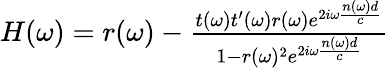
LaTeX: \begin{array}{r}{\begin{array}{r}{H(\omega)=r(\omega)-\frac{t(\omega)t^{\prime}(\omega)r(\omega)e^{2i\omega\frac{n(\omega)d}{c}}}{1-r(\omega)^{2}e^{2i\omega\frac{n(\omega)d}{c}}}}\end{array}}\end{array}